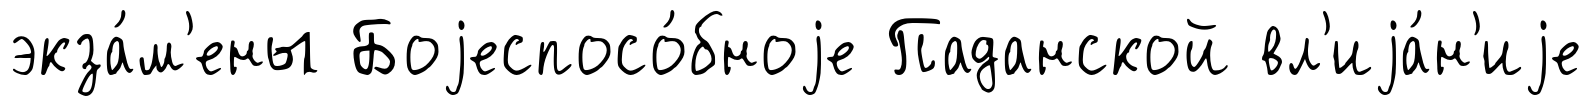
экза́м'ены Боjеспосо́бноjе Паданской вл'иjа́н'иjе